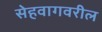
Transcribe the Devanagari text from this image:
सेहवागवरील